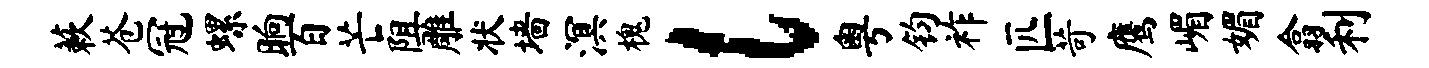
蔌苍冠螺晌百芒阻雕状墙溟槐l粤钧祚匹苛鹰嵋媚翕利